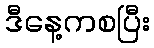
ဒီနေ့ကစပြီး